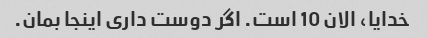
خدایا، الان 10 است. اگر دوست داری اینجا بمان.